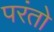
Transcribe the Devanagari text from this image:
परंतो